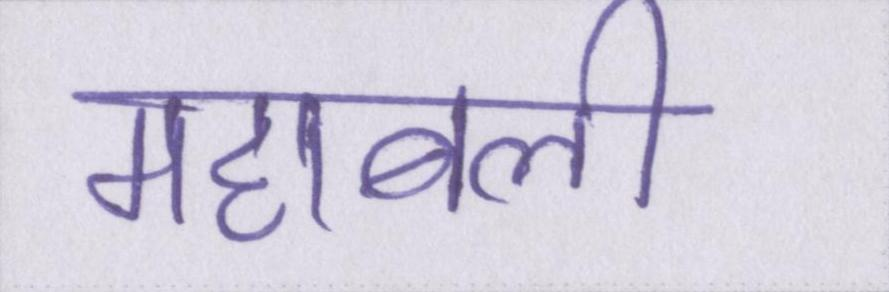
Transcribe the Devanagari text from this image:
महाबली